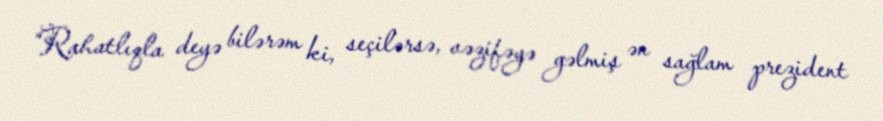
“Rahatlıqla deyə bilərəm ki, seçilərsə, vəzifəyə gəlmiş ən sağlam prezident